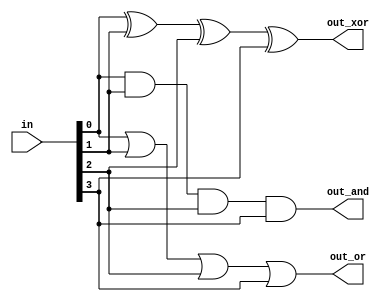
module top_module( 
    input [3:0] in,
    output out_and,
    output out_or,
    output out_xor
);
    assign out_and=in[0]&&in[1]&&in[2]&&in[3],
        out_or=in[0]||in[1]||in[2]||in[3];
        xor g(out_xor,in[0],in[1],in[2],in[3]);
    //out_xor = in[3] ^ in[2] ^ in[1] ^ in[0];
endmodule